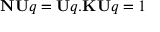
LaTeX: \mathbf { N U } q = \mathbf { U } q . \mathbf { K U } q = 1